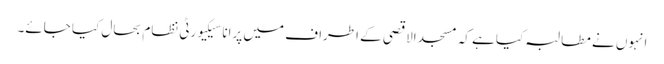
انہوں نے مطالبہ کیا ہے کہ مسجد الاقصی کے اطراف میں پرانا سیکیورٹی نظام بحال کیا جائے۔